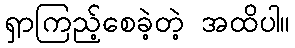
ရှာကြည့်စေခဲ့တဲ့ အထိပါ။